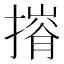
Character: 𢳕